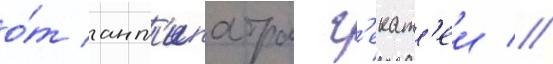
о́т ант'ипатра г'екат'еи //